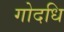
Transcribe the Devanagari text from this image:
गोदधि